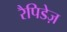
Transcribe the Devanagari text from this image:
रैपिडेज़